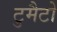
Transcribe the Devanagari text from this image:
टुमैटो